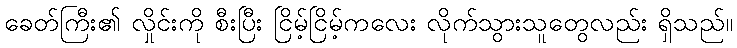
ခေတ်ကြီး၏ လှိုင်းကို စီးပြီး ငြိမ့်ငြိမ့်ကလေး လိုက်သွားသူတွေလည်း ရှိသည်။